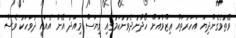
ވޭތުވެގެންދިޔަ އަހަރުތައް ޢިޒްވާއަށް ހޯދާނުދެވުނުކަމުގައި ވިޔަސް މިއަދު އޭނާ އެއައީ ދުވަހަކު ވެސް